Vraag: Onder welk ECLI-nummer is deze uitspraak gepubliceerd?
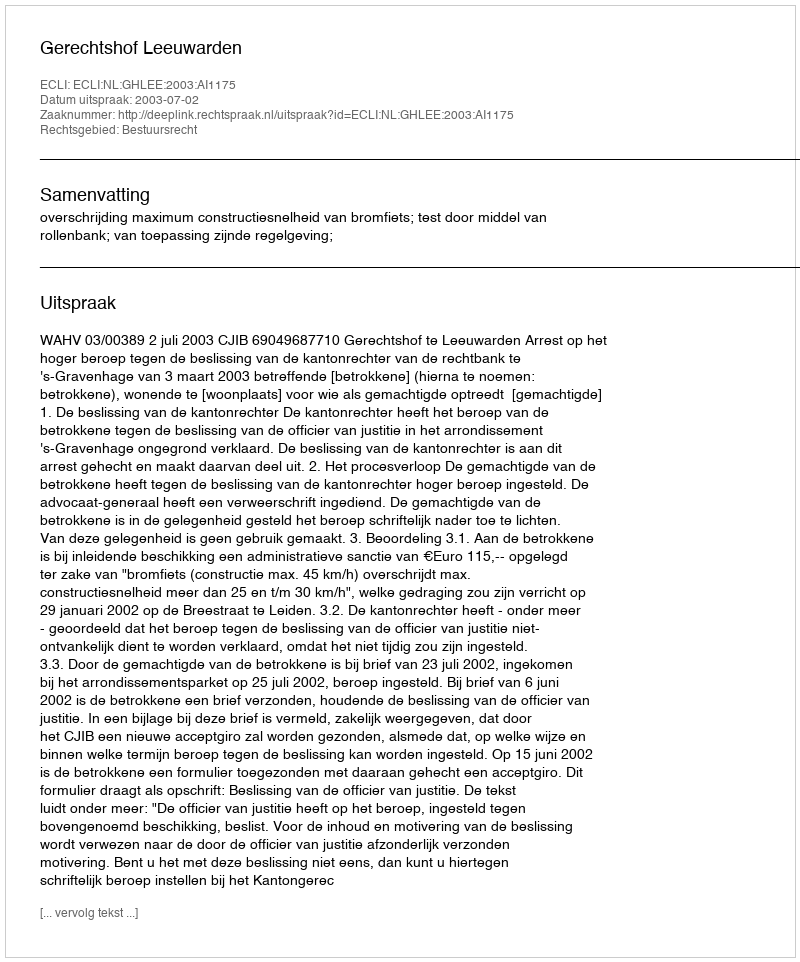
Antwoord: ECLI:NL:GHLEE:2003:AI1175